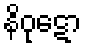
နိဝုဋော